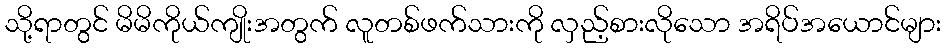
သို့ရာတွင် မိမိကိုယ်ကျိုးအတွက် လူတစ်ဖက်သားကို လှည့်စားလိုသော အရိပ်အယောင်များ